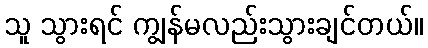
သူ သွားရင် ကျွန်မလည်းသွားချင်တယ်။